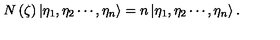
N \left( \zeta \right) \left| \eta _ { 1 } , \eta _ { 2 } \cdots , \eta _ { n } \right\rangle = n \left| \eta _ { 1 } , \eta _ { 2 } \cdots , \eta _ { n } \right\rangle .